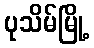
ပုသိမ်မြို့